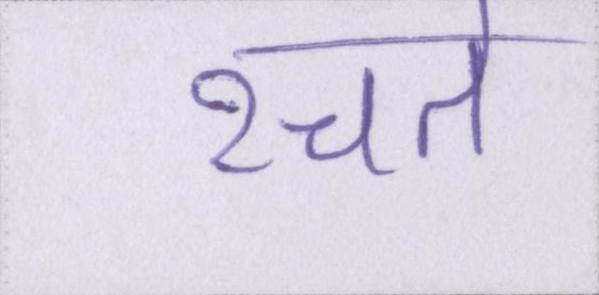
रचते